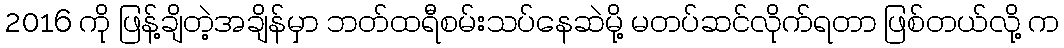
2016 ကို ဖြန့်ချိတဲ့အချိန်မှာ ဘတ်ထရီစမ်းသပ်နေဆဲမို့ မတပ်ဆင်လိုက်ရတာ ဖြစ်တယ်လို့ က